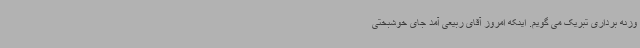
وزنه برداری تبریک می گویم. اینکه امروز آقای ربیعی آمد جای خوشبختی